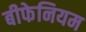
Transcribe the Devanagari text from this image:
बीफेनियम